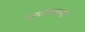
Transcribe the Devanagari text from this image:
चाण्डालकन्या